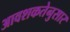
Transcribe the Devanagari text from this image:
आवशकतेनुसार